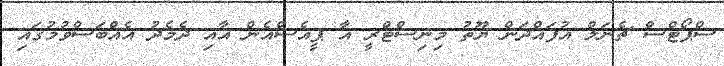
ސްޕޯޓްސް ޗެނަލް އުފައްދަން ޔޫތު މިނިސްޓްރީ އާ ޕީއެސްއެން އާއި ދެމެދު އެއްބަސްވުމުގައި